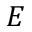
E